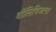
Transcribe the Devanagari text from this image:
वॉलिचिआना